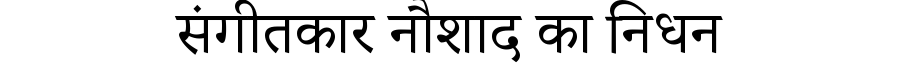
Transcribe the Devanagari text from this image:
संगीतकार नौशाद का निधन